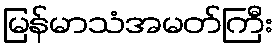
မြန်မာသံအမတ်ကြီး